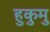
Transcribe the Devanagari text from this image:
हुकुमु